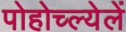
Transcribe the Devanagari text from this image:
पोहोच्ल्येलें